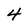
Character: 4